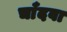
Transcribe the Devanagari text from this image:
चाँदवा